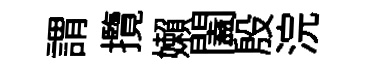
謂攬嬾闔殷浣